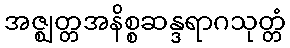
အဇ္ဈတ္တအနိစ္စဆန္ဒရာဂသုတ္တံ